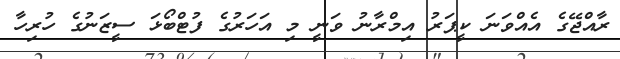
ރާއްޖޭގެ އެއްވަނަ ކީޕަރު އިމްރާނު ވަނީ މި އަހަރުގެ ފުޓްބޯޅަ ސީޒަނުގެ ހުރިހާ